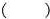
（ ）